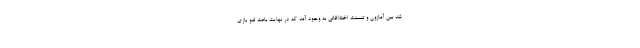
شد بین آمازون و تنسنت اختلافاتی به وجود آمد که در نهایت باعث لغو بازی